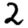
Digit: 2